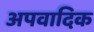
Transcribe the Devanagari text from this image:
अपवादिक